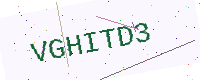
Text: VGHITD3